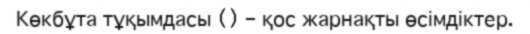
Көкбұта тұқымдасы () – қос жарнақты өсімдіктер.